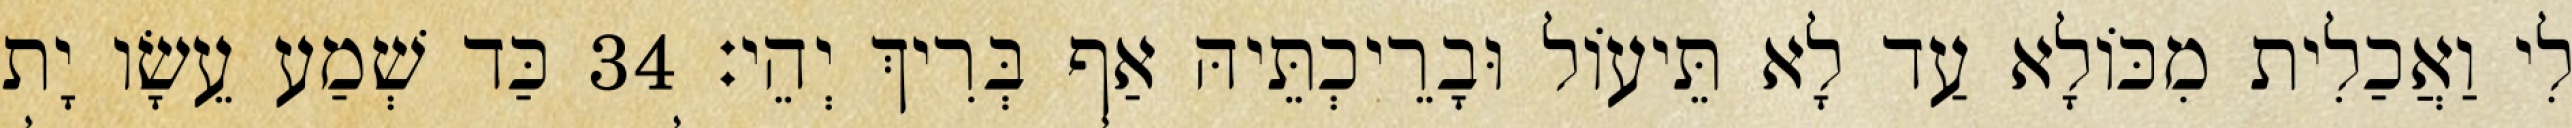
לִי וַאֲכַלִית מִכּוֹלָא עַד לָא תֵּיעוֹל וּבָרֵיכְתֵּיהּ אַף בְּרִיךְ יְהֵי׃ 34 כַּד שְׁמַע עֵשָׂו יָת